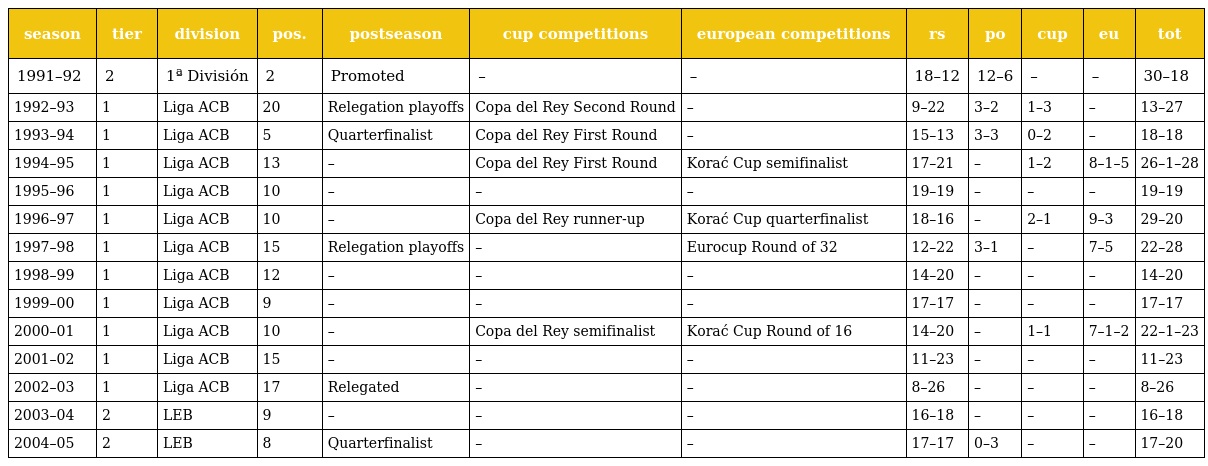
| season | tier | division | pos. | postseason | cup competitions | european competitions | rs | po | cup | eu | tot |
 | --- | --- | --- | --- | --- | --- | --- | --- | --- | --- | --- | --- |
 | 1991–92 | 2 | 1ª División | 2 | Promoted | – | – | 18–12 | 12–6 | – | – | 30–18 |
 | 1992–93 | 1 | Liga ACB | 20 | Relegation playoffs | Copa del Rey Second Round | – | 9–22 | 3–2 | 1–3 | – | 13–27 |
 | 1993–94 | 1 | Liga ACB | 5 | Quarterfinalist | Copa del Rey First Round | – | 15–13 | 3–3 | 0–2 | – | 18–18 |
 | 1994–95 | 1 | Liga ACB | 13 | – | Copa del Rey First Round | Korać Cup semifinalist | 17–21 | – | 1–2 | 8–1–5 | 26–1–28 |
 | 1995–96 | 1 | Liga ACB | 10 | – | – | – | 19–19 | – | – | – | 19–19 |
 | 1996–97 | 1 | Liga ACB | 10 | – | Copa del Rey runner-up | Korać Cup quarterfinalist | 18–16 | – | 2–1 | 9–3 | 29–20 |
 | 1997–98 | 1 | Liga ACB | 15 | Relegation playoffs | – | Eurocup Round of 32 | 12–22 | 3–1 | – | 7–5 | 22–28 |
 | 1998–99 | 1 | Liga ACB | 12 | – | – | – | 14–20 | – | – | – | 14–20 |
 | 1999–00 | 1 | Liga ACB | 9 | – | – | – | 17–17 | – | – | – | 17–17 |
 | 2000–01 | 1 | Liga ACB | 10 | – | Copa del Rey semifinalist | Korać Cup Round of 16 | 14–20 | – | 1–1 | 7–1–2 | 22–1–23 |
 | 2001–02 | 1 | Liga ACB | 15 | – | – | – | 11–23 | – | – | – | 11–23 |
 | 2002–03 | 1 | Liga ACB | 17 | Relegated | – | – | 8–26 | – | – | – | 8–26 |
 | 2003–04 | 2 | LEB | 9 | – | – | – | 16–18 | – | – | – | 16–18 |
 | 2004–05 | 2 | LEB | 8 | Quarterfinalist | – | – | 17–17 | 0–3 | – | – | 17–20 |